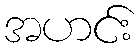
အဟင်း